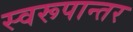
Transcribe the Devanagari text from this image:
स्वरूपान्तर